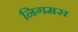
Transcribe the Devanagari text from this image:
निगमस